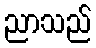
ညာသည်